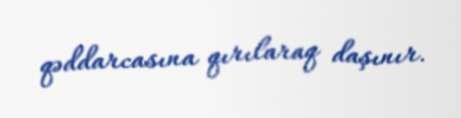
qəddarcasına qırılaraq daşınır.